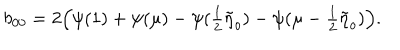
b _ { 0 0 } = 2 \Bigl ( \psi ( 1 ) + \psi ( \mu ) - \psi ( { \textstyle { \frac { 1 } { 2 } } } \tilde { \eta } _ { o } ) - \psi ( \mu - { \textstyle { \frac { 1 } { 2 } } } \tilde { \eta } _ { o } ) \Bigl ) .